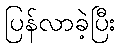
ပြန်လာခဲ့ပြီး